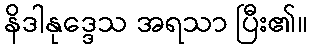
နိဒါနုဒ္ဒေသ အရသာ ပြီး၏။